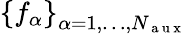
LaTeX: \left\{ f_{\alpha}\right\} _{\alpha=1,\dots,N_{\mathrm{~a~u~x~}}}